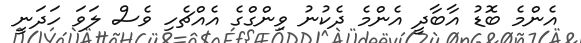
އެންމެ ބޮޑު އާބާދީ އެންމެ ދެކުނު ވިންގްގެ އެއްޗެހި ވެސް ލަވަ ހަަދަނީ